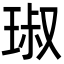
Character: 琡